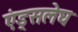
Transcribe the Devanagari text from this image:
एंड्सलेघ